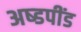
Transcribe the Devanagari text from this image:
अष्डपींड